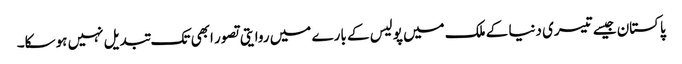
پاکستان جیسے تیسری دنیا کے ملک میں پولیس کے بارے میں روایتی تصور ابھی تک تبدیل نہیں ہوسکا۔